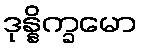
ဒုန္နိက္ခမော